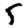
Digit: 5